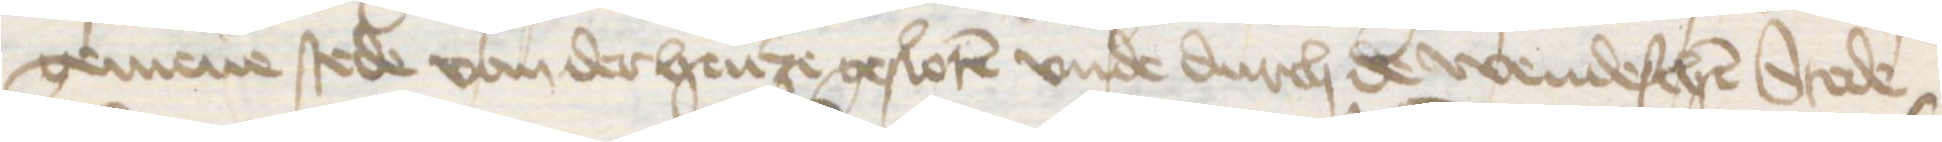
gemene stede van der henze gesloten vnde durch de wendeschen Stede